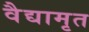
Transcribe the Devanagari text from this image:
वैद्यामृत